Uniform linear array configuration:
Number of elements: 24
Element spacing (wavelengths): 0.25
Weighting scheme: hann
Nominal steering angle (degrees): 0
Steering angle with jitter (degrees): -0.2633
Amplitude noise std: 0.05
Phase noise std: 0.05

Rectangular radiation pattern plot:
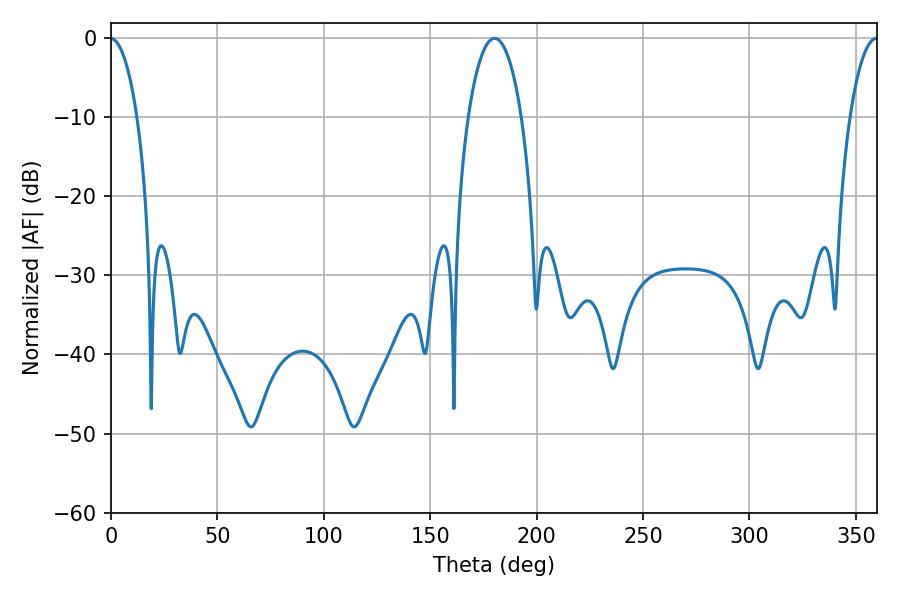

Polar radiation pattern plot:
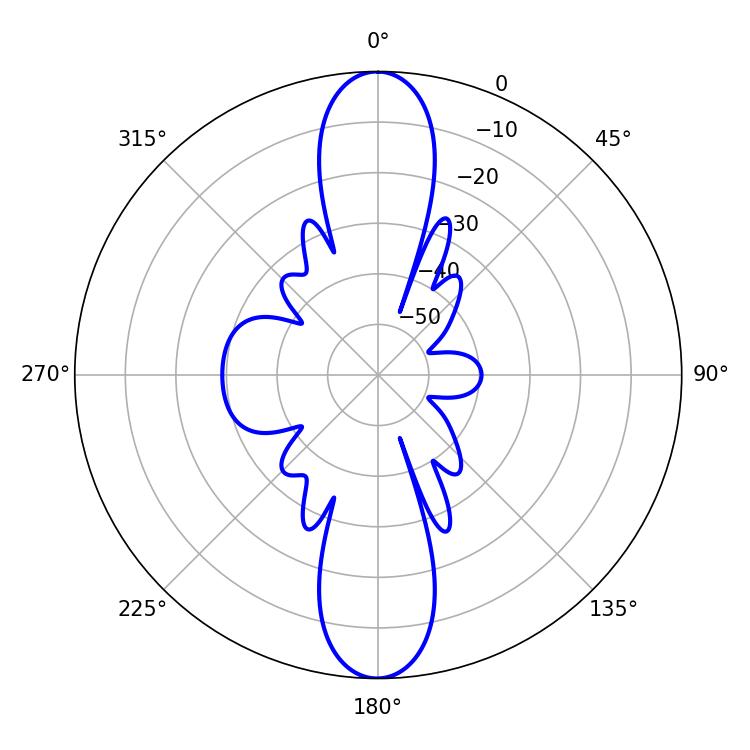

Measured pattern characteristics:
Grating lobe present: FALSE
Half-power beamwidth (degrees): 14.22
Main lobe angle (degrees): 180.18